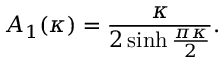
A _ { 1 } ( \kappa ) = \frac { \kappa } { 2 \sinh \frac { \pi \kappa } { 2 } } .